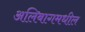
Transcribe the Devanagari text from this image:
अलिबागमधील